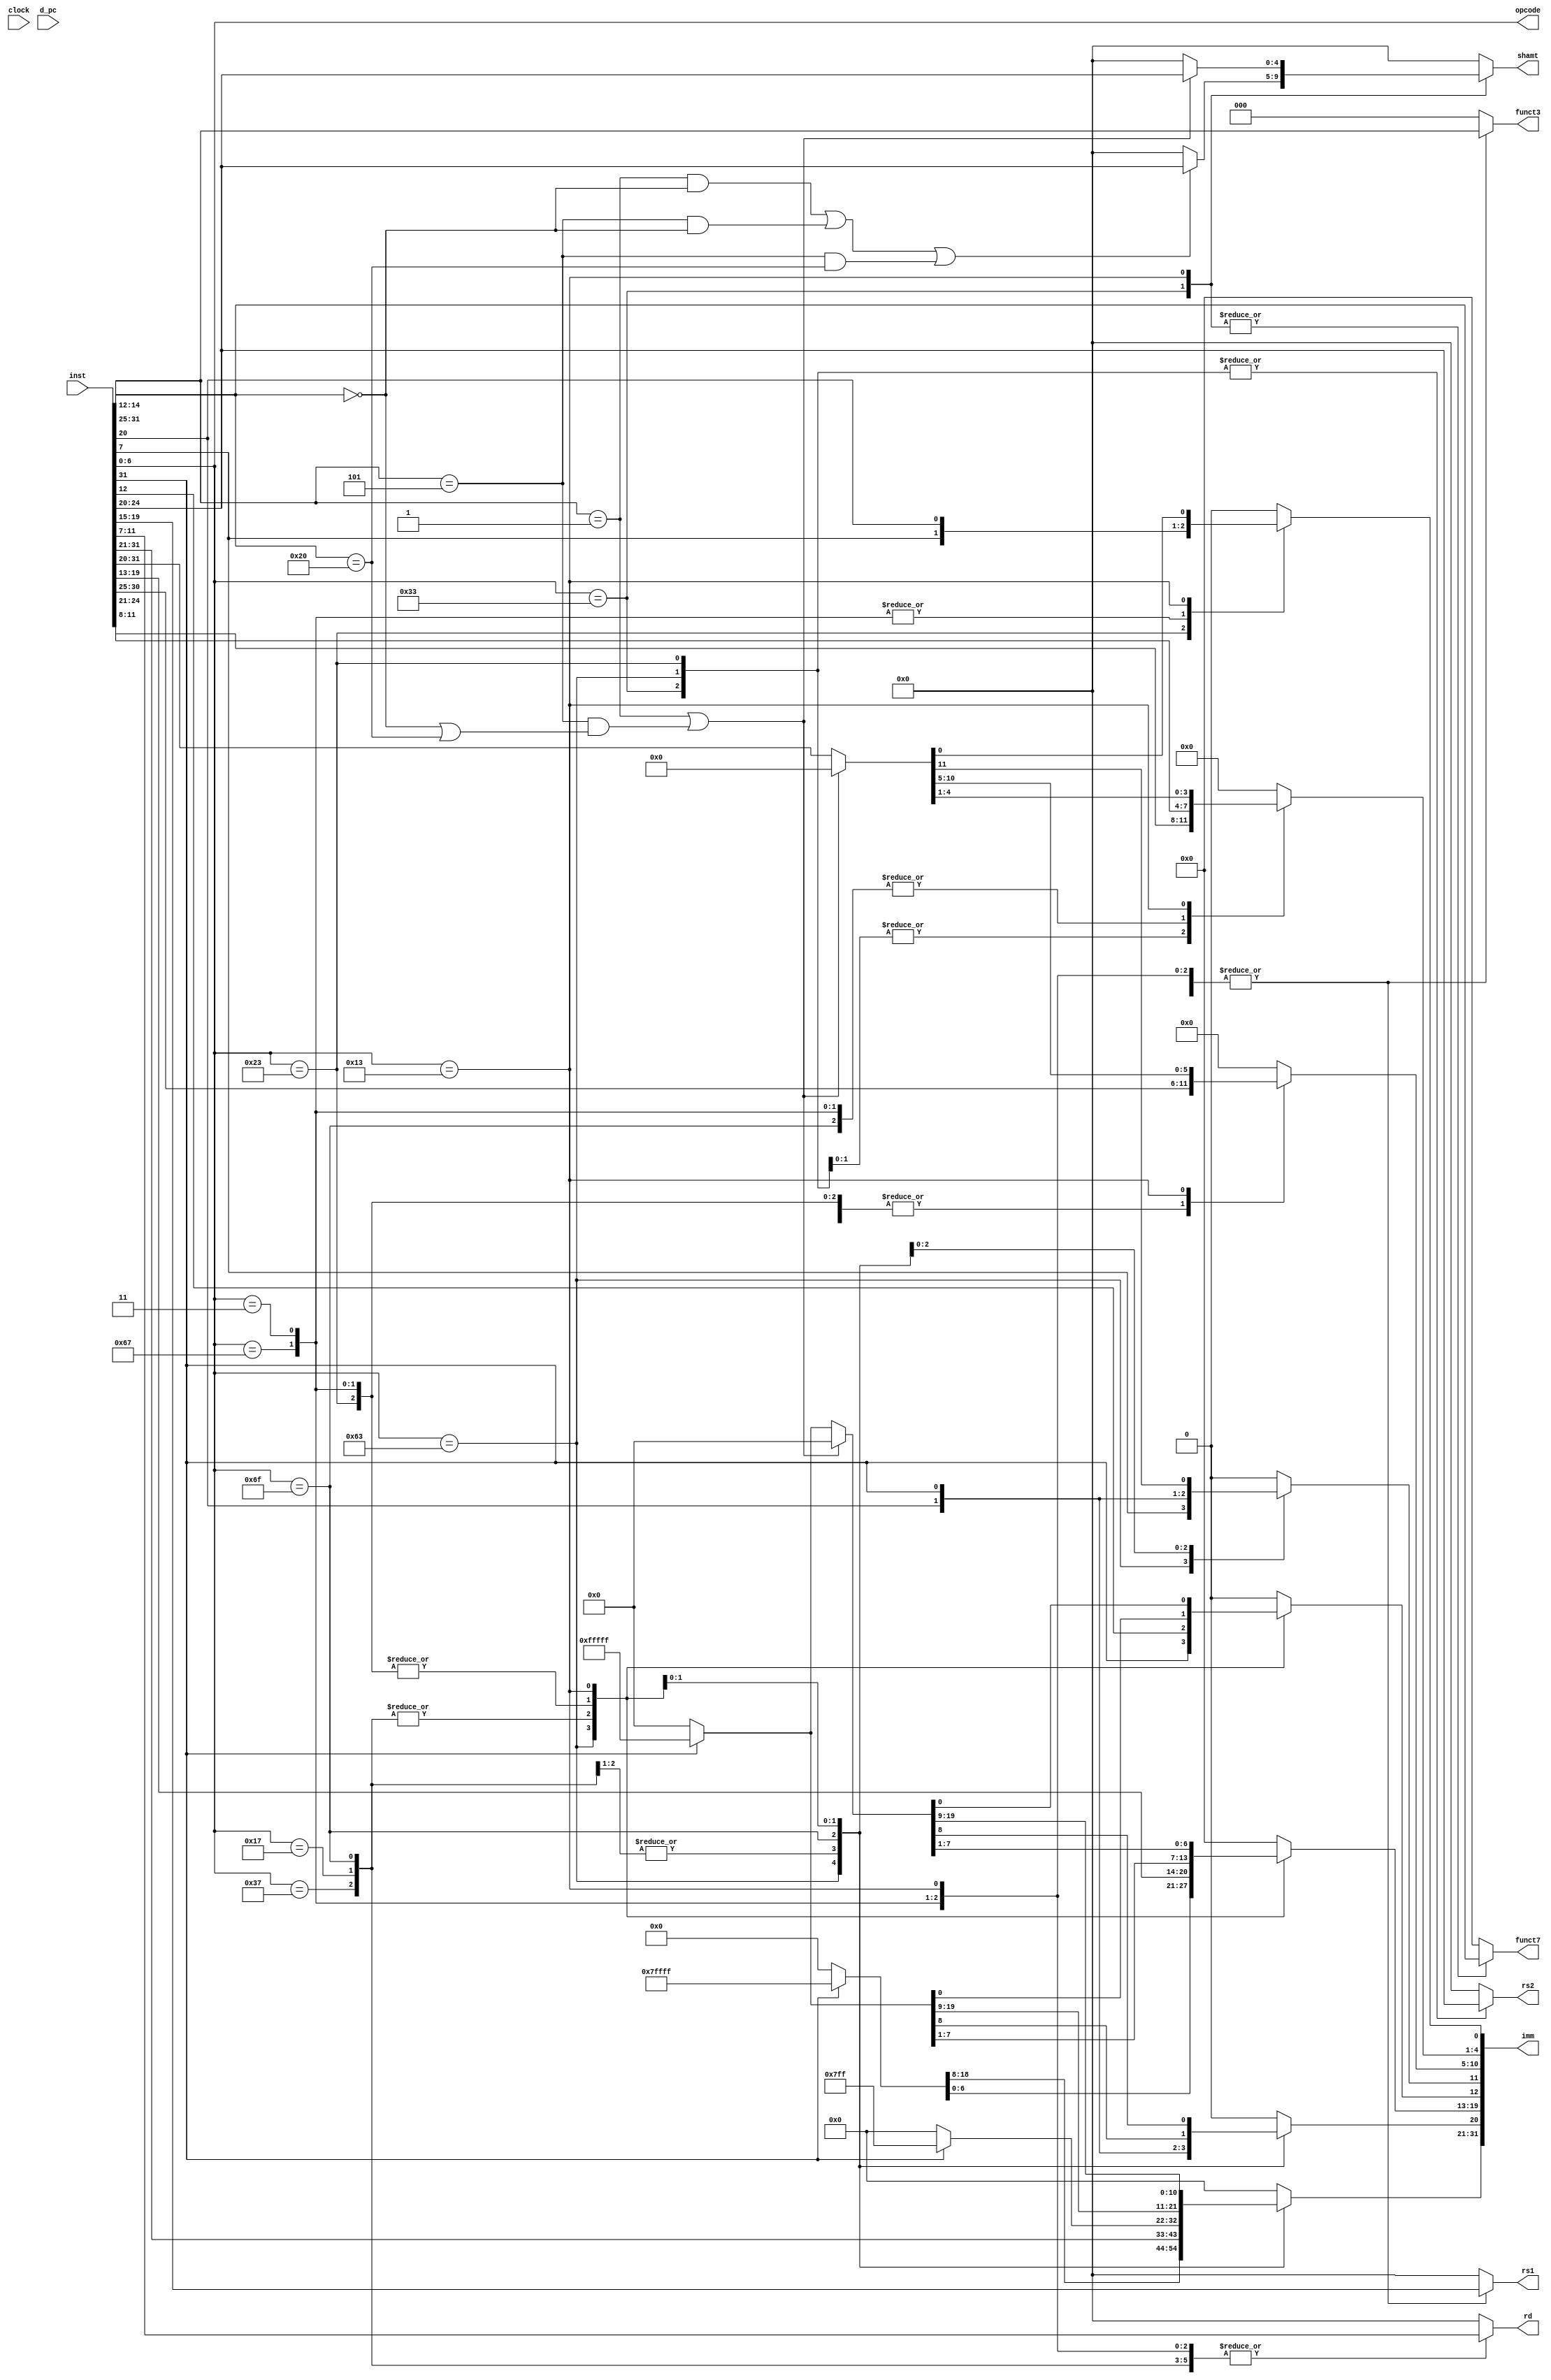
module decode (
    input wire clock,
    input wire [31:0] d_pc,
    input wire [31:0] inst,
    output reg [6:0] opcode,
    output reg [4:0] rd,
    output reg [4:0] rs1,
    output reg [4:0] rs2,
    output reg [2:0] funct3,
    output reg [6:0] funct7,
    output reg [31:0] imm,
    output reg [4:0] shamt
);

initial 
begin
    opcode = 0;
    rd = 0;
    rs1 = 0;
    rs2 = 0;
    funct3 = 0;
    funct7 = 0;
    shamt = 0;
    imm = 0;
end

always @(inst or d_pc)
begin
    // fixed fields
    opcode = inst[6:0];
    rd = 0;
    rs1 = 0;
    rs2 = 0;
    funct3 = 0;
    funct7 = 0;
    shamt = 0;
    imm = 0;

    // handle the rest of the instructions based on formats
    case(opcode)
        7'b0110011 : // R type (register instructions)
        begin
            rd = inst[11:7];
            funct3 = inst[14:12];
            rs1 = inst[19:15];
            rs2 = inst[24:20];
            funct7 = inst[31:25];
            imm = 0; // no immediate values

            // default 
            shamt = 0;

            // Handle shift operations
            if((funct3 == 3'b001 && funct7 == 7'b0000000) ||  // SLL
                (funct3 == 3'b101 && funct7 == 7'b0000000) || // SRL
                (funct3 == 3'b101 && funct7 == 7'b0100000))   // SRA
            begin
                shamt = rs2[4:0]; 
            end
        end

        7'b0100011 : // S type (store instructions)
        begin
            imm[4:0] = inst[11:7];
            funct3 = inst[14:12];
            rs1 = inst[19:15];
            rs2 = inst[24:20];
            imm[11:5] = inst[31:25];
            
            // sign extension
            if(inst[31] == 1'b1) 
                imm[31:12] = 20'hFFFFF;
            else 
                imm[31:12] = 0;

            shamt = 0;
            rd = 0;
            funct7 = 0;
        end

        // B type (conditional branch instructions)
        7'b1100011 : 
        begin
            rd = 0;
            funct7 = 0;
            shamt = 0;
            funct3 = inst[14:12];
            rs1 = inst[19:15];
            rs2 = inst[24:20];

            // forming the immediates
            imm[0] = 0;
            imm[4:1] =  inst[11:8];
            imm[10:5] = inst[30:25];
            imm[11] = inst[7];
            imm[12] = inst[31];
            // sign extend
            if(inst[31] == 1'b1) 
                imm[31:13] = 19'h7FFFF;
            else 
                imm[31:13] = 0;
        end

        // U type lui
        7'b0110111 :
        begin
            rd = inst[11:7];
            funct3 = 0;
            funct7 = 0;
            rs1 = 0;
            rs2 = 0;
            shamt = 0;
            imm[31:12] = inst[31:12];
            imm[11:0] = 0; // zero extends
        end

        // U type auipc
        7'b0010111 : 
        begin
            rd = inst[11:7];
            funct3 = 0;
            funct7 = 0;
            rs1 = 0;
            rs2 = 0;
            shamt = 0;
            imm[31:12] = inst[31:12];
            imm[11:0] = 0; // zero extends
        end

        // J type - jal
        7'b1101111 :
        begin
            // unused fields
            rs1 = 0;
            rs2 = 0;
            funct3 = 0;
            funct7 = 0;
            shamt = 0;
            // used fields
            rd = inst[11:7];
            imm[19:12] =  inst[19:12];
            imm[11] =  inst[20];
            imm[10:1] = inst[30:21];
            imm[20] = inst[31];

            // Sign extension 
            if (imm[20] == 1'b1)
                imm[31:21] = 11'h7FF; // negative values
            else
                imm[31:21] = 0; // Zero-extend for positive values
        end

        // I type JALR
        7'b1100111 :
        begin
            funct7=0;
            rs2 = 0;
            rd = inst[11:7];
            funct3 = inst[14:12];
            rs1 = inst[19:15];
            imm[11:0] = inst[31:20]; 
            shamt = 0;
            // sign extension
            if(inst[31] == 1'b1) 
                imm[31:12] = 20'hFFFFF;
            else 
                imm[31:12] = 0;            
        end

        // I type - ECALL
        7'b1110011:
        begin
            funct7 = 0;
            rs2 = 0;
            shamt = 0;
            rd = 0;
            funct3 = 0;
            rs1 = 0;
            imm = 0; 
        end

        // I type - loads
        7'b0000011 :
        begin
            funct7 = 0;
            rs2 = 0;
            shamt = 0;
            rd = inst[11:7];
            funct3 = inst[14:12];
            rs1 = inst[19:15];
            imm[11:0] = inst[31:20]; 
            // sign extension
            if(inst[31] == 1'b1) 
                imm[31:12] = 20'hFFFFF;
            else 
                imm[31:12] = 0;  
        end

        // I type
        7'b0010011 :
        begin
            funct7 = inst[31:25]; 
            rs2 = 0; // unused
            rd = inst[11:7];
            funct3 = inst[14:12];
            rs1 = inst[19:15];
            imm = 0; // Initialize for unused cases 

            // shift insns
            if (funct3 == 3'b001 || (funct3 == 3'b101 && (funct7 == 7'b0000000 || funct7 == 7'b0100000))) // slli, srli, srai
            begin
                shamt = inst[24:20];
            end
            else // all other insns
            begin
                imm[11:0] = inst[31:20];
                // Sign extension
                if(inst[31] == 1'b1) 
                    imm[31:12] = 20'hFFFFF;
                else 
                    imm[31:12] = 0;
            end
        end

        default : 
        begin
            rd = 0;
            funct3 = 0;
            rs1 = 0;
            rs2 = 0;
            funct7 = 0;
            imm = 0;
            shamt = 0;
        end
    endcase
end

endmodule